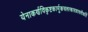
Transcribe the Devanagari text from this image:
येनाकर्णविकृष्टकार्मूकचलत्काण्डावलीकर्ति